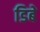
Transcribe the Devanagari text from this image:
डिबे